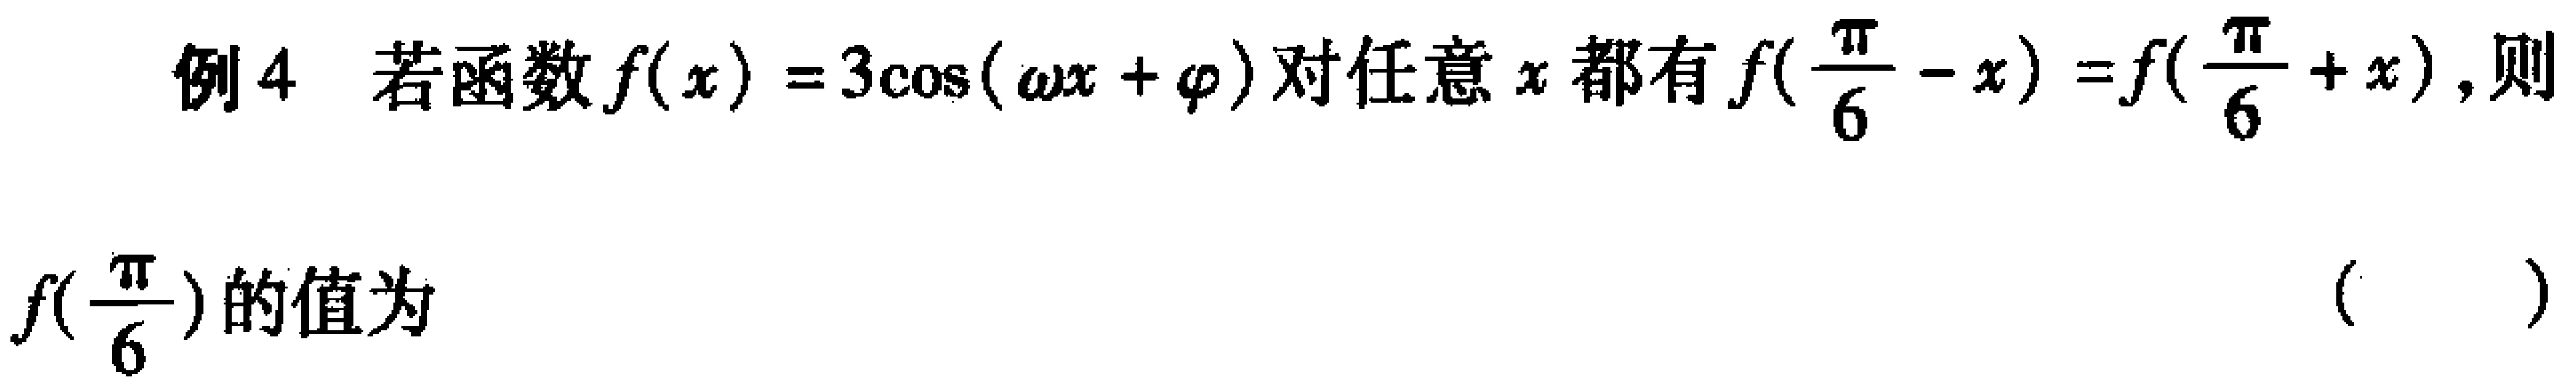
例4 若函数$f(x)=3\cos(\omega x + \varphi)$对任意$x$都有$f(\frac{\pi}{6}-x)=f(\frac{\pi}{6}+x)$，则$f(\frac{\pi}{6})$的值为 （  ）